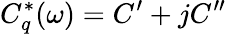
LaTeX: C_{q}^{*}(\omega)=C^{\prime}+jC^{\prime\prime}